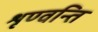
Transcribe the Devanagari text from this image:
शृण्वन्ति